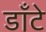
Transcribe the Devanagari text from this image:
डाँटे